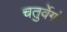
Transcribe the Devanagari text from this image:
चतुर्वेगों